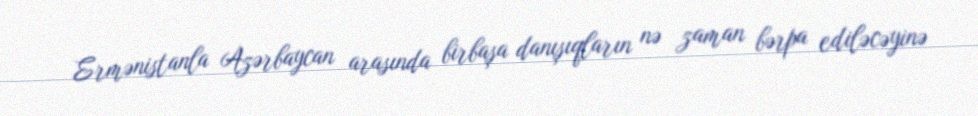
Ermənistanla Azərbaycan arasında birbaşa danışıqların nə zaman bərpa ediləcəyinə